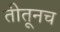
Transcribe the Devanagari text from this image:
तीतूनच